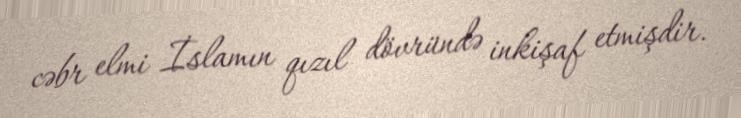
cəbr elmi İslamın qızıl dövründə inkişaf etmişdir.